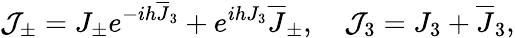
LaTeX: {\cal J}_{\pm}=J_{\pm}e^{-ih{\overline{{J}}}_{3}}+e^{ihJ_{3}}{\overline{{J}}}_{\pm},\quad{\cal J}_{3}=J_{3}+{\overline{{J}}}_{3},